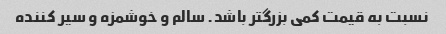
نسبت به قیمت کمی بزرگتر باشد. سالم و خوشمزه و سیر کننده